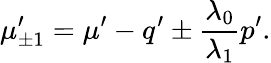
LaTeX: \mu_{\pm 1}^{\prime}=\mu^{\prime}-q^{\prime}\pm\frac{\lambda_{0}}{\lambda_{1}}p^{\prime}.